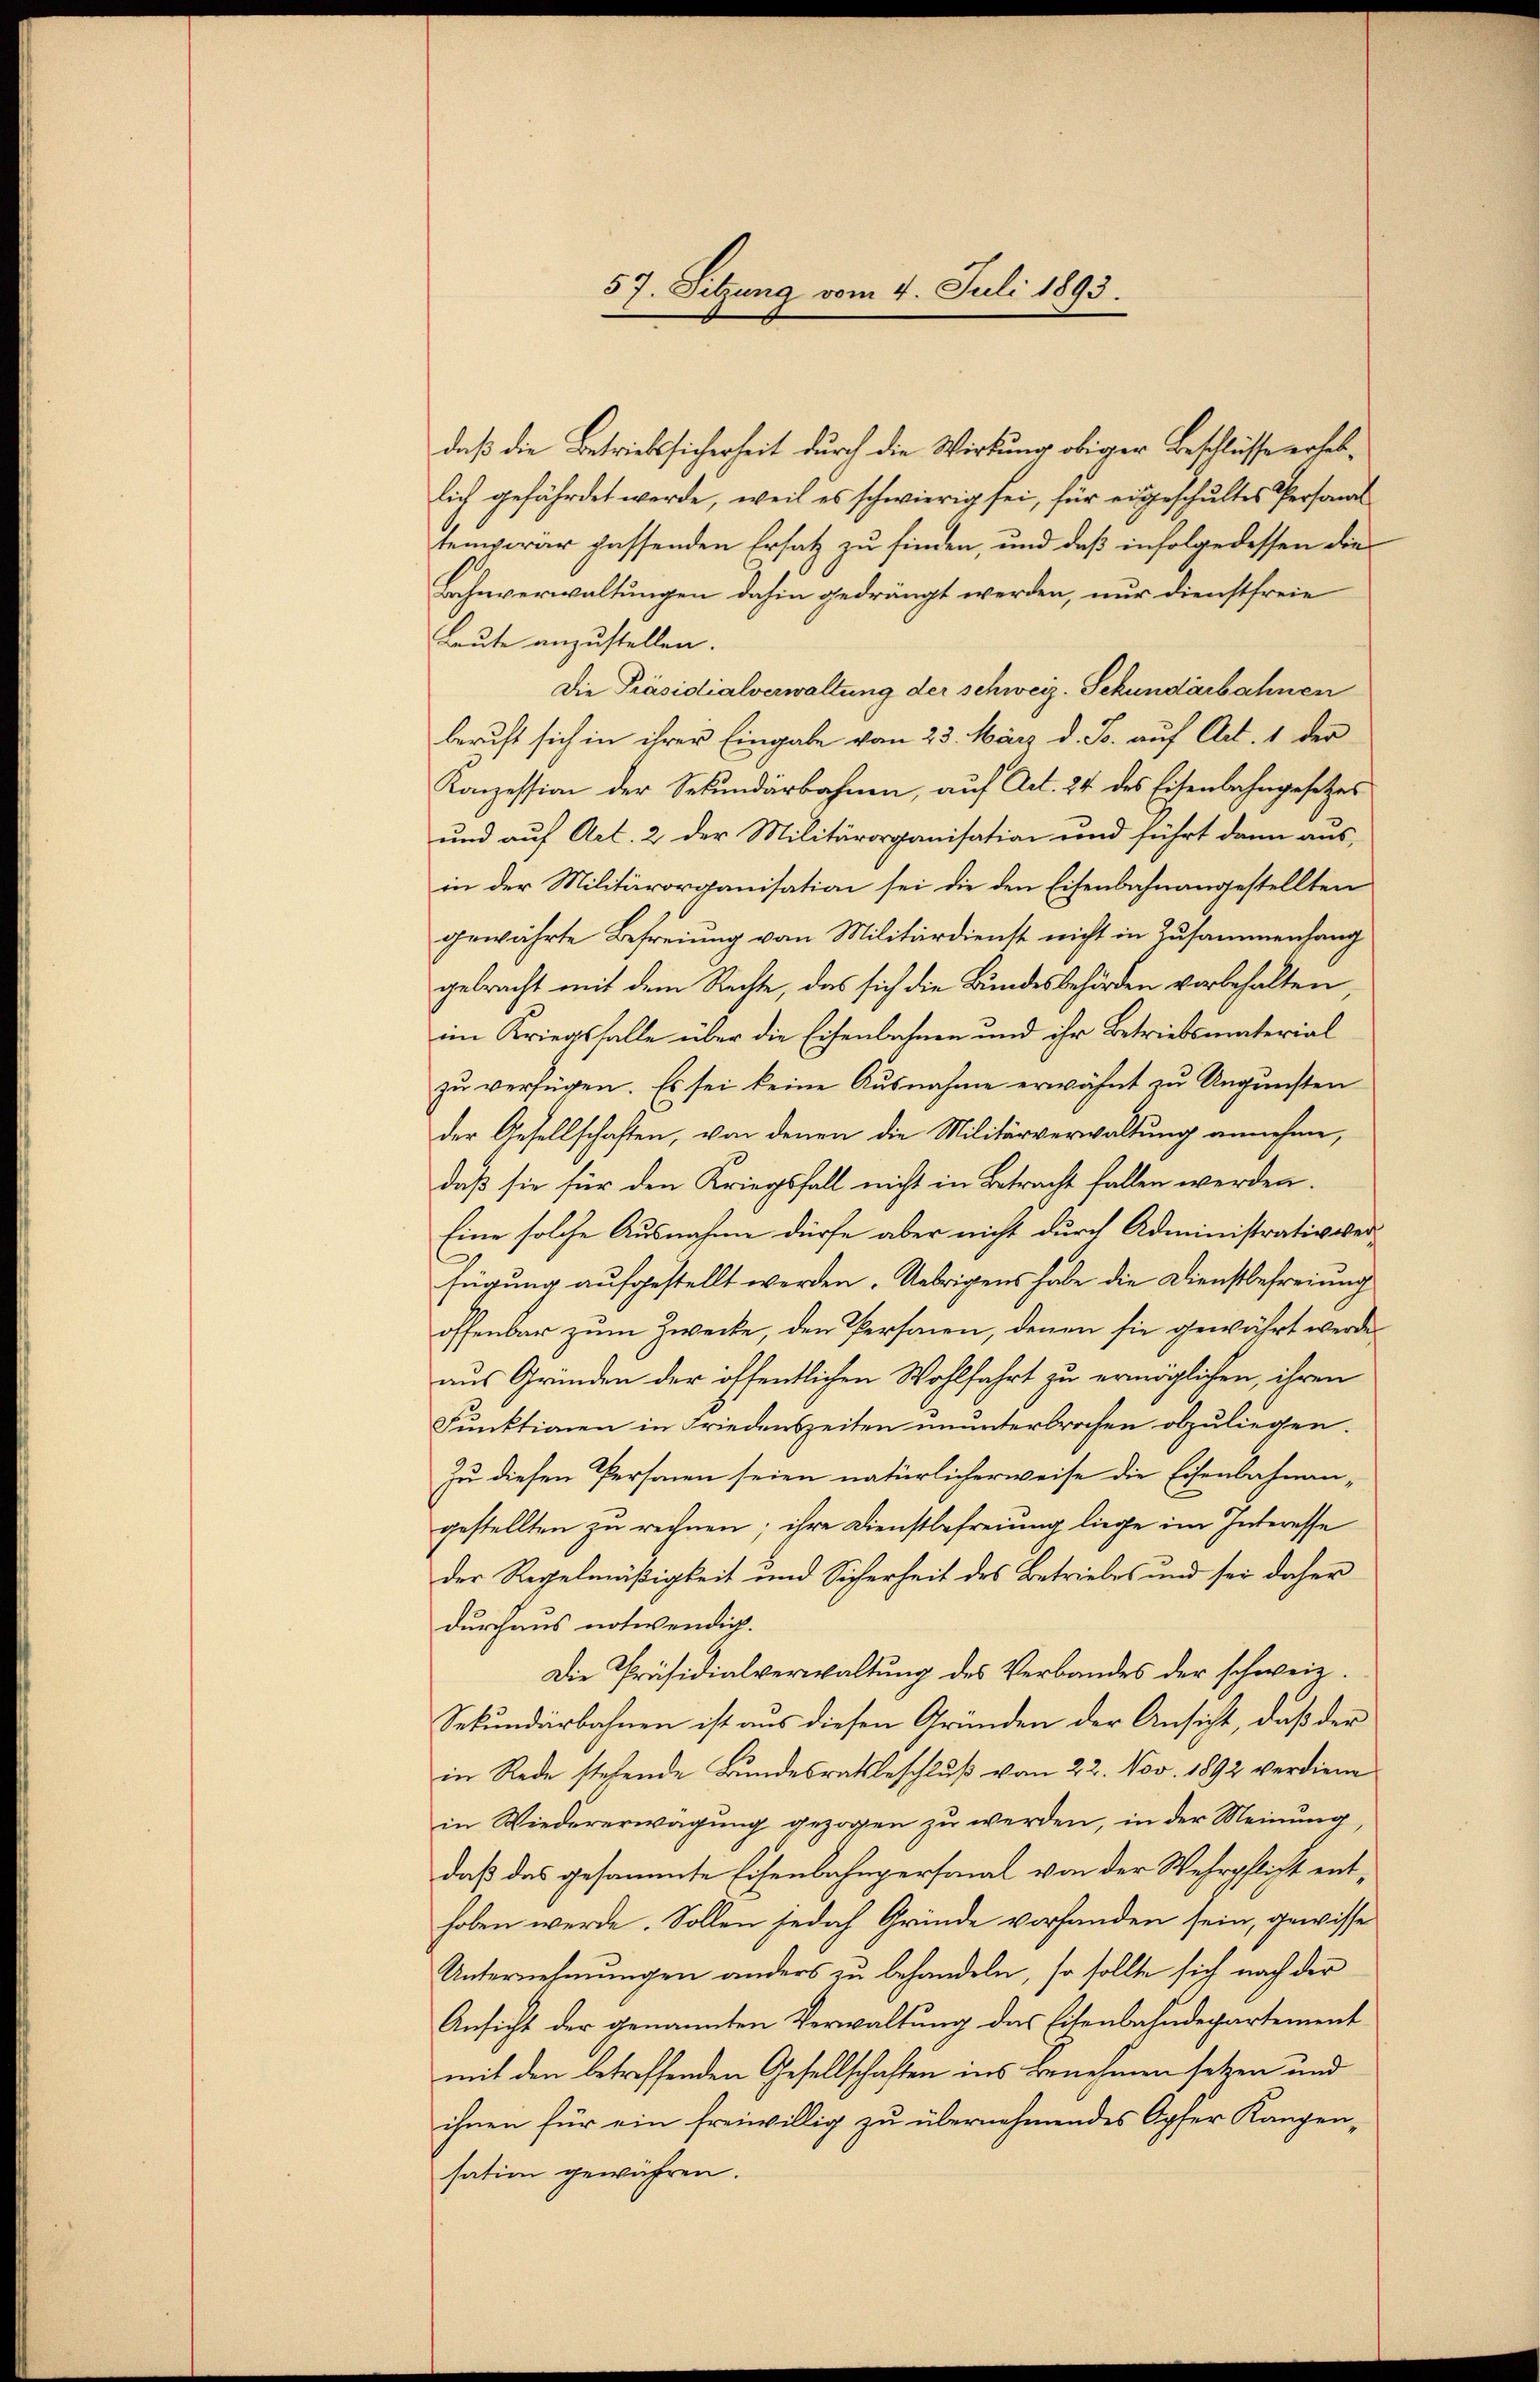
57. Sitzung vom 4. Juli 1893.

daß die Betriebssicherheit durch die Wirkung obiger Beschlüsse erheblich gefährdet werde, weil es schwierig sei, für eigeschultes Personal
temporär passenden Ersatz zu finden, und daß infolge dessen die
Bahnverwaltungen dahin gedrängt werden, nur dienstfreie
Leute anzustellen.
Die Präsidialverwaltung der schweiz. Sekundarbahnen
beruft sich in ihrer Eingabe vom 23. März d. J. auf Art. 1 der
Konzession der Sekundärbahnen, auf Art. 24 des Eisenbahngesetzes
und auf Art. 2 der Militärorganisation und führt dann ausin der Militärorganisation sei die den Eisenbahnangestellten
gewährte Befreiung vom Militärdienst nicht in Zusammenhang
gebracht mit dem Rechte, das sich die Bundesbehörden vorbehalten
im Kriegsfalle über die Eisenbahnen und ihr Betriebsmaterial
zu verfügen. Es sei keine Ausnahme erwähnt zu Ungunsten
der Gesellschaften, von denen die Militärverwaltung annehme,
daß sie für den Kriegsfall nicht in Betracht fallen werden.
Eine solche Ausnahme dürfe aber nicht durch Administrativverfügung aufgestellt werden. Uebrigens habe die Dienstbefreiung
offenbar zum Zwecke, den Personen, denen sie gewährt werde.
aus Gründen der öffentlichen Wohlfahrt zu ermöglichen, ihren
Funktionen in Friedenszeiten ununterbrochen abzuliegen.
Zu diesen Personen seien natürlicherweise die Eisenbahnan-
gestellten zu rechnen; ihre Dienstbefreiung liege im Interesse
der Regelmäßigkeit und Sicherheit des Betriebes und sei daher
durchaus notwendig.
Die Präsidialverwaltung des Verbandes der schweiz.
Sekundärbahnen ist aus diesen Gründen der Ansicht, daß der
in Rede stehende Bundesratsbeschluß vom 22. Nov. 1892 verdiene
in Wiedererwägung gezogen zu werden, in der Meinung,
daß das gesammte Eisenbahnpersonal von der Wehrpflicht enthoben werde. Sollen jedoch Grinde vorhanden sein, gewisse
Unternehmungen anders zu behandeln, so sollte sich nach der
Ansicht der genannten Verwaltung das Eisenbahndepartement
mit den betreffenden Gesellschaften ins Benehmen setzen und
ihnen für ein freiwillig zu übernehmendes Opfer Kanzen-
sation gewähren.